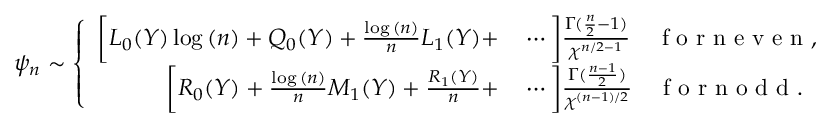
\psi _ { n } \sim \left\{ \begin{array} { r l } { \bigg [ L _ { 0 } ( Y ) \log { ( n ) } + Q _ { 0 } ( Y ) + \frac { \log { ( n ) } } { n } L _ { 1 } ( Y ) + } & { { } \cdots \bigg ] \frac { \Gamma ( \frac { n } { 2 } - 1 ) } { \chi ^ { n / 2 - 1 } } \quad \mathrm { ~ f ~ o ~ r ~ n ~ e ~ v ~ e ~ n ~ } , } \\ { \bigg [ R _ { 0 } ( Y ) + \frac { \log { ( n ) } } { n } M _ { 1 } ( Y ) + \frac { R _ { 1 } ( Y ) } { n } + } & { { } \cdots \bigg ] \frac { \Gamma ( \frac { n - 1 } { 2 } ) } { \chi ^ { ( n - 1 ) / 2 } } \quad \mathrm { ~ f ~ o ~ r ~ n ~ o ~ d ~ d ~ } . } \end{array} \right.